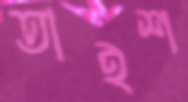
তাইশ